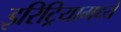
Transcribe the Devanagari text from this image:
इरिट्रियामध्ये